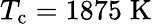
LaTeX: T_{\mathrm{c}}=1875\; \mathrm{K}